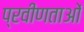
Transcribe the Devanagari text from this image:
प्रवीणताओं